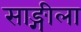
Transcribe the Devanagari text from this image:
साङ्गीला